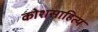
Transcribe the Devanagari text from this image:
कोशसाहित्य